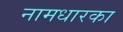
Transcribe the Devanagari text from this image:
नामधारका